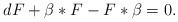
LaTeX: \begin{align*}dF +\beta *F - F * \beta = 0.\end{align*}